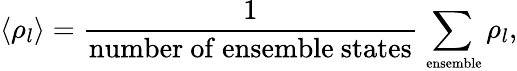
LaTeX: \langle\rho_{l}\rangle=\frac{1}{\mathrm{number~of~ensemble~states}}\sum_{\mathrm{{\scriptsize~ensemble}}}\rho_{l},